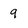
Character: 9